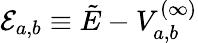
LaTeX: \mathcal{E}_{a,b}\equiv\tilde{E}-V_{a,b}^{(\infty)}